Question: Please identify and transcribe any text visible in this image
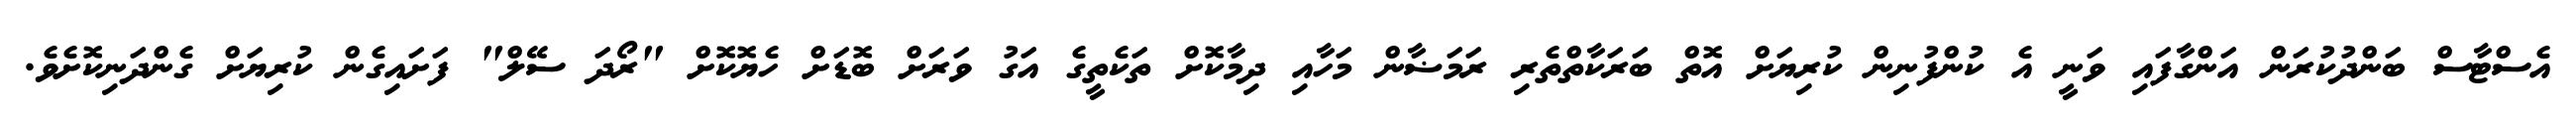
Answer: އެސްޓާސް ބަންދުކުރަން އަންގާފައި ވަނީ އެ ކުންފުނިން ކުރިޔަށް އޮތް ބަރަކާތްތެރި ރަމަޟާން މަހާއި ދިމާކޮށް ތަކެތީގެ އަގު ވަރަށް ބޮޑަށް ހެޔޮކޮށް "ރޯދަ ސޭލް" ފަށައިގެން ކުރިޔަށް ގެންދަނިކޮށެވެ.